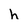
Character: h